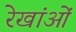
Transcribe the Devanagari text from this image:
रेखांओं